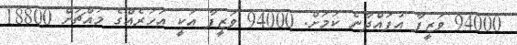
94000 ވަޒީފާ އުފައްދާނެ ކަމަށް. 94000 ވަޒީފާ އަކީ އަހަރެއްގެ މައްޗަށް 18800